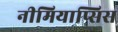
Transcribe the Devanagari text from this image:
नीमियाप्सिस